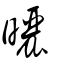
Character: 曬